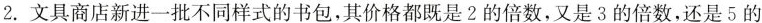
2.文具商店新进一批不同样式的书包，其价格都既是2的倍数，又是3的倍数，还是5的